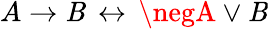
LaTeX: A\to\mathit{B}\, \leftrightarrow\, \negA\lor\mathit{B}